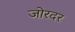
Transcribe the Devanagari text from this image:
जोरदर